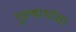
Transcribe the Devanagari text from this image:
पुरूषार्थाचा